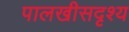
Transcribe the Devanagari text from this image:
पालखीसदृश्य